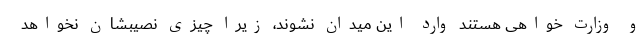
و وزارت خواهی هستند وارد این میدان نشوند، زیرا چیزی نصیبشان نخواهد